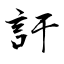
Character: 訏